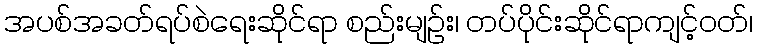
အပစ်အခတ်ရပ်စဲရေးဆိုင်ရာ စည်းမျဉ်း၊ တပ်ပိုင်းဆိုင်ရာကျင့်ဝတ်၊